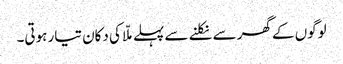
لوگوں کے گھر سے نکلنے سے پہلے ملّا کی دکان تیار ہوتی۔